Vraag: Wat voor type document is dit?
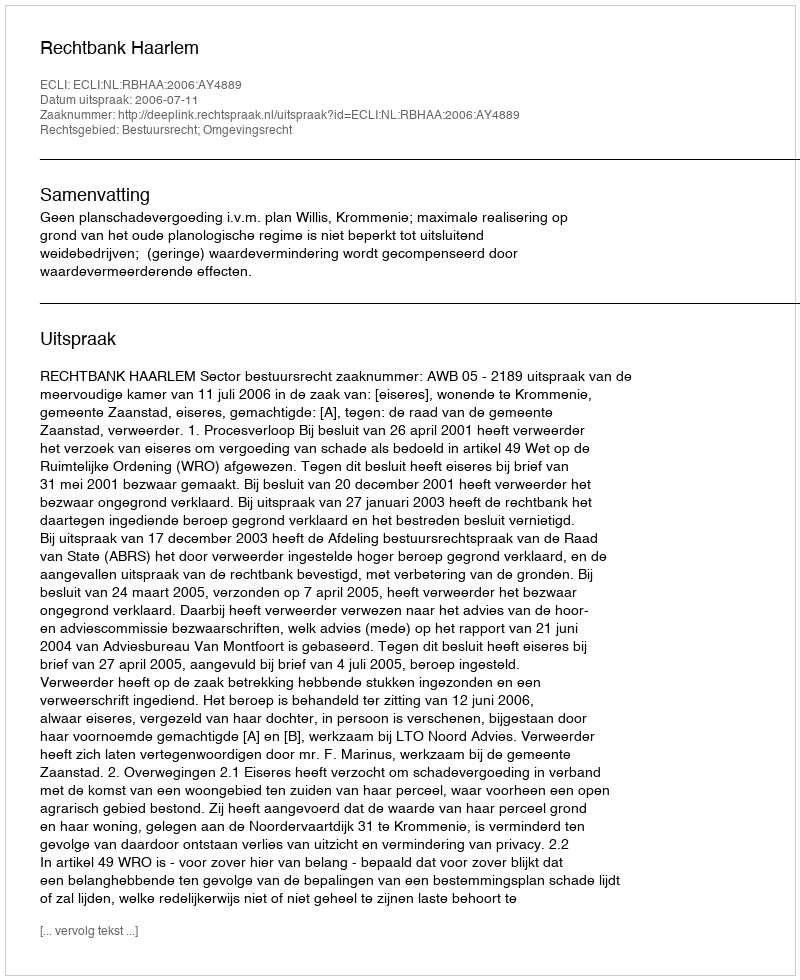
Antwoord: Uitspraak